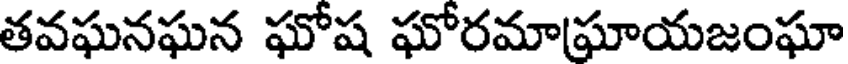
తవఘనఘన ఘోష ఘోరమాఘాయజంఘా